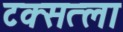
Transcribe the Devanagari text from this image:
टक्सत्ला